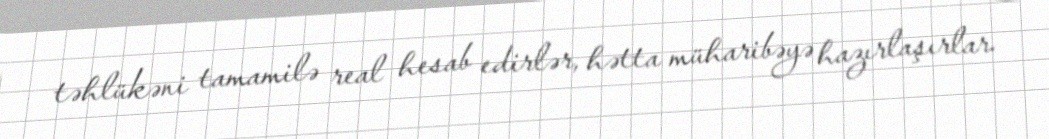
təhlükəni tamamilə real hesab edirlər, hətta müharibəyə hazırlaşırlar.